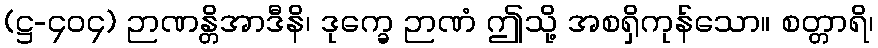
(ဋ္ဌ-၄၀၄) ဉာဏန္တိအာဒီနိ၊ ဒုက္ခေ ဉာဏံ ဤသို့ အစရှိကုန်သော။ စတ္တာရိ၊